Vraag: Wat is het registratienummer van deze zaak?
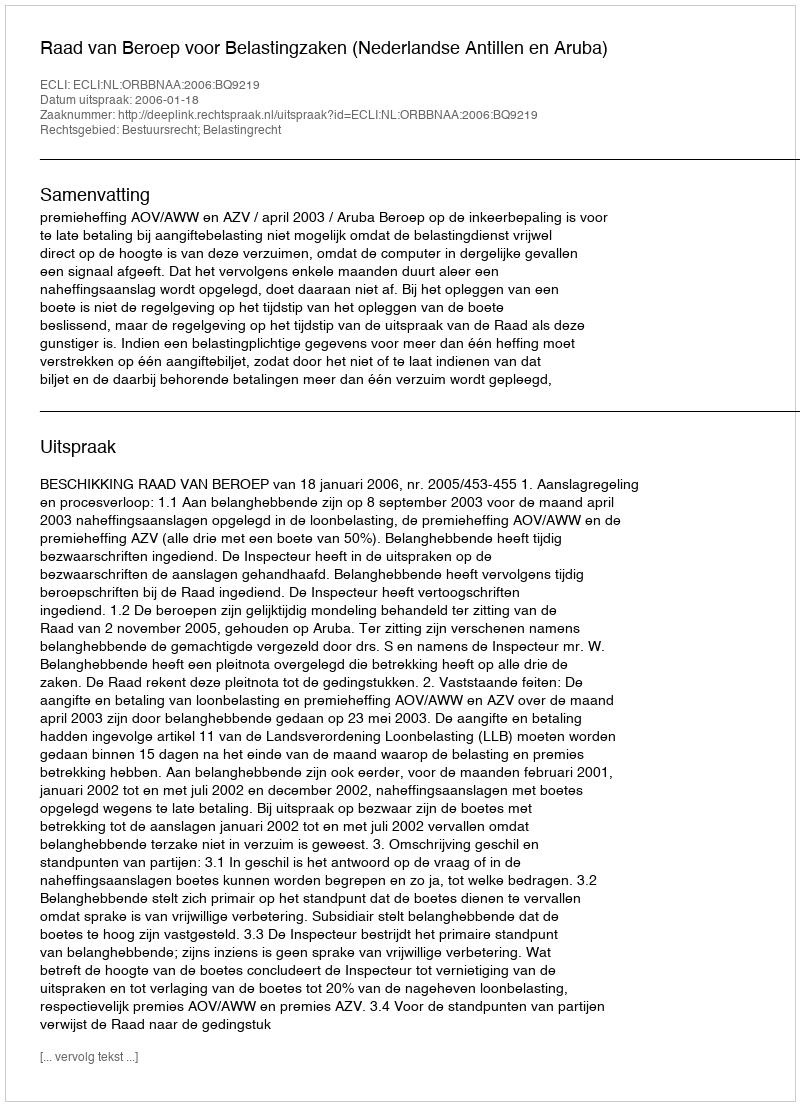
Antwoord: http://deeplink.rechtspraak.nl/uitspraak?id=ECLI:NL:ORBBNAA:2006:BQ9219